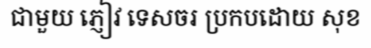
ជាមួយ ភ្ញៀវ ទេសចរ ប្រកបដោយ សុខ